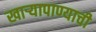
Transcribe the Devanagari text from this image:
खाऱ्यापाण्याची